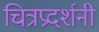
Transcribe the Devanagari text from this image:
चित्रप्रदर्शनी